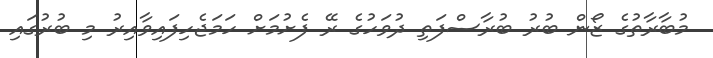
މުބާރާތުގެ ޒޯން ބުރު ބުރާސްފަތި ދުވަހުގެ ރޭ ފެށުމަށް ހަމަޖެހިފައިވާއިރު މި ބުރުގައި